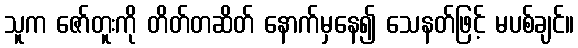
သူက ဇော်တူးကို တိတ်တဆိတ် နောက်မှနေ၍ သေနတ်ဖြင့် မပစ်ချင်။